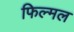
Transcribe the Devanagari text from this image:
फिल्मल